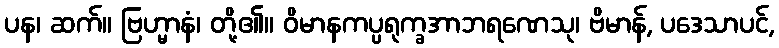
ပန၊ ဆက်။ ဗြဟ္မာနံ၊ တို့၏။ ဝိမာနကပ္ပရုက္ခအာဘရဏေသု၊ ဗိမာန်, ပဒေသာပင်,